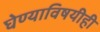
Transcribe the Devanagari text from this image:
घेण्याविषयीही